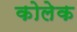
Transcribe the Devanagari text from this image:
कोलेक